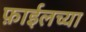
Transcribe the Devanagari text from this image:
फ़ाईलच्या